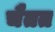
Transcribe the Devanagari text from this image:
चैतत